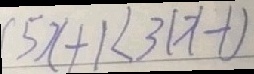
5 x + 1 < 3 ( x - 1 )